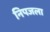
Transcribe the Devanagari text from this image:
निपजला